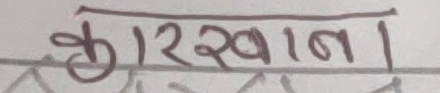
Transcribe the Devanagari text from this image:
कारखाना